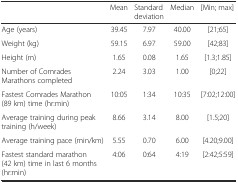
<table><thead><tr><td></td><td><b>Mean</b></td><td><b>Standard deviation</b></td><td><b>Median</b></td><td><b>[Min; max]</b></td></tr></thead><tbody><tr><td>Age (years)</td><td>39.45</td><td>7.97</td><td>40.00</td><td>[21;65]</td></tr><tr><td>Weight (kg)</td><td>59.15</td><td>6.97</td><td>59.00</td><td>[42;83]</td></tr><tr><td>Height (m)</td><td>1.65</td><td>0.08</td><td>1.65</td><td>[1.3;1.85]</td></tr><tr><td>Number of Comrades Marathons completed</td><td>2.24</td><td>3.03</td><td>1.00</td><td>[0;22]</td></tr><tr><td>Fastest Comrades Marathon (89 km) time (hr:min)</td><td>10:05</td><td>1:34</td><td>10:35</td><td>[7:02;12:00]</td></tr><tr><td>Average training during peak training (h/week)</td><td>8.66</td><td>3.14</td><td>8.00</td><td>[1.5;20]</td></tr><tr><td>Average training pace (min/km)</td><td>5.55</td><td>0.70</td><td>6.00</td><td>[4.20;9.00]</td></tr><tr><td>Fastest standard marathon (42 km) time in last 6 months (hr:min)</td><td>4:06</td><td>0:64</td><td>4:19</td><td>[2:42;5:59]</td></tr></tbody></table>